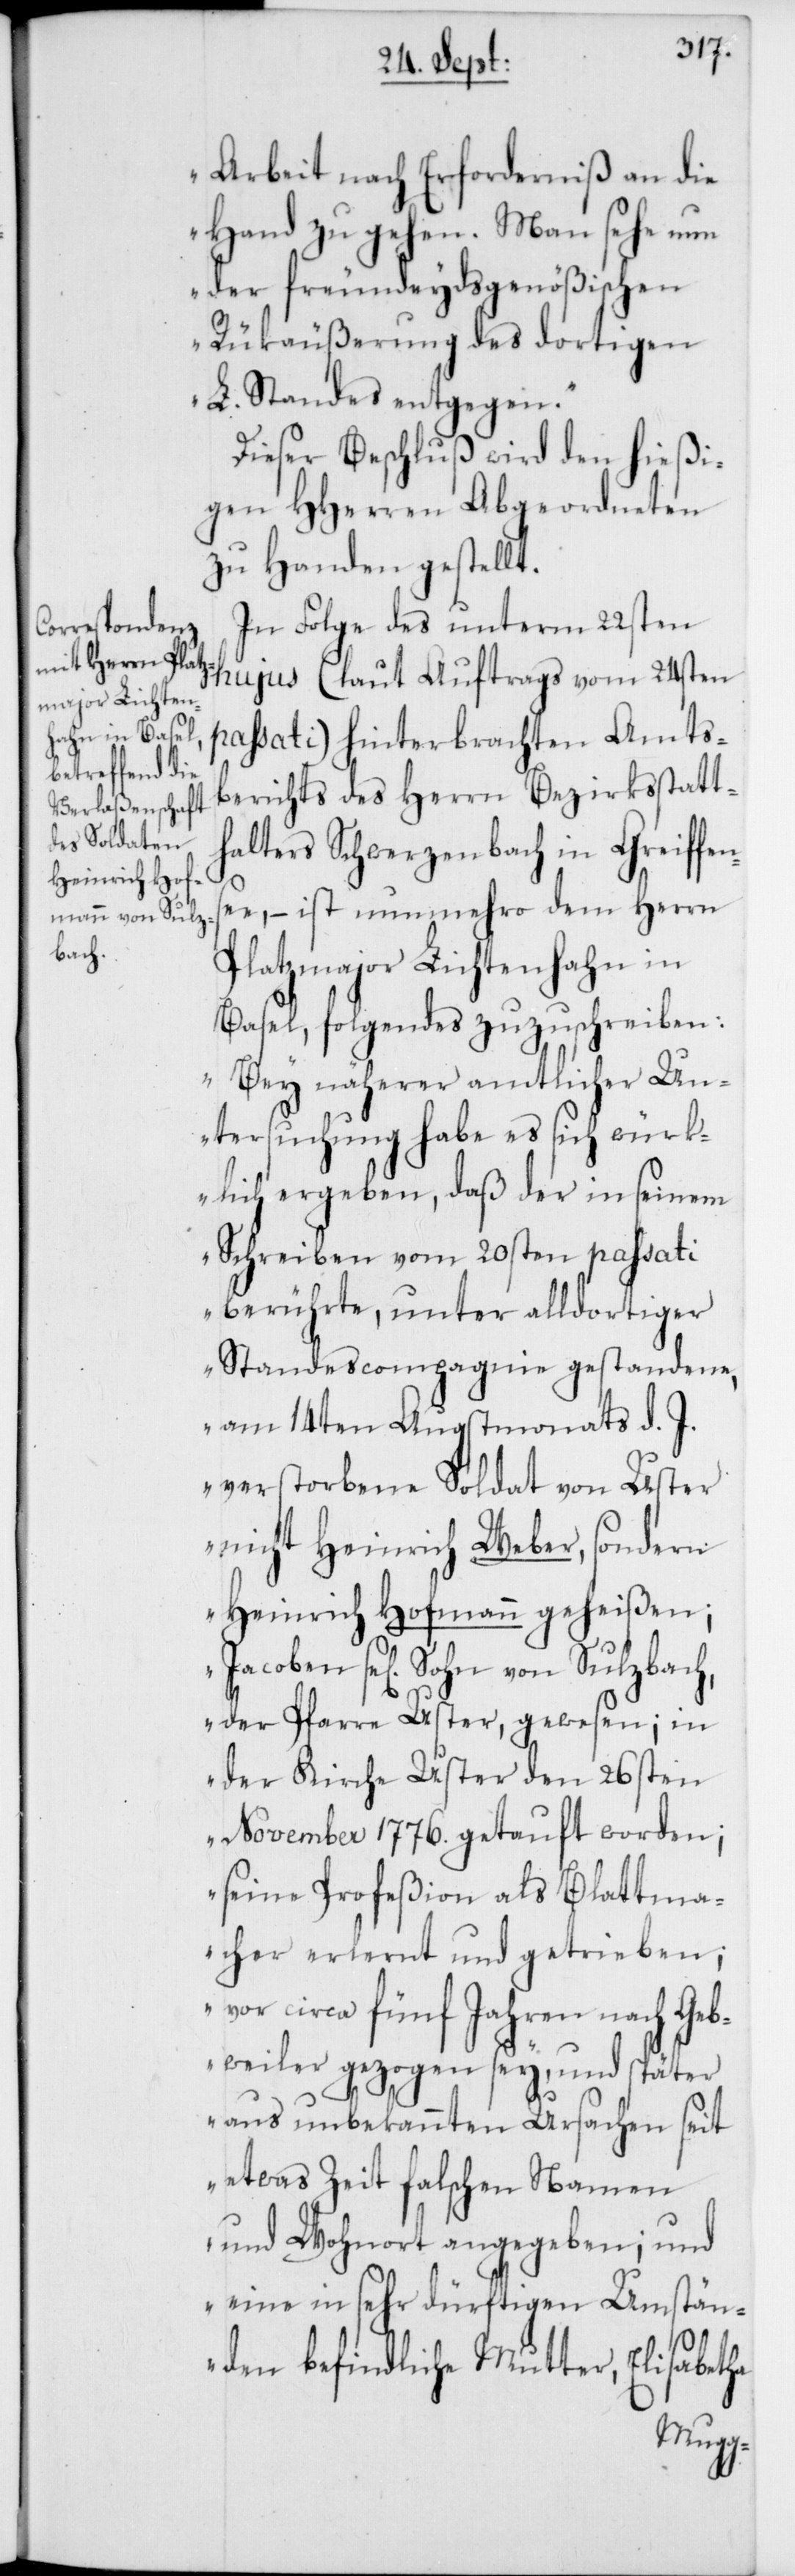
Arbeit nach Erforderniß an die
Hand zu gehen. Man sehe nun
der freundeydsgenößischen
Rükäußerung des dortigen
L. Standes entgegen.“
Dieser Beschluß wird den hießi¬
gen HHerren Abgeordneten
zu Handen gestellt.
In Folge des unterm 22sten
hujus (laut Auftrag vom 24sten
passati) hinterbrachten Amts¬
berichts des Herrn Bezirksstatt¬
halters Schwerzenbach in Greiffen¬
see, – ist nunmehro dem Herrn
Platzmajor Lichtenhahn in
Basel, folgendes zuzuschreiben:
„Bey näherer amtlicher Un¬
tersuchung habe es sich würk¬
lich ergeben, daß der in seinem
Schreiben vom 20sten passati
berührte, unter alldortiger
Standescompagnie gestandene,
am 14ten Augstmonats d. J.
verstorbene Soldat von Uster
nicht Heinrich Weber, sondern
Heinrich Hofmann geheißen;
Jacoben se[lig] Sohn von Sulzbach,
der Pfarre Uster, gewesen; in
der Kirche Uster den 26sten
November 1776. getauft worden;
seine Profeßion als Blattma¬
cher erlernt und getrieben;
vor circa fünf Jahren nach Geb¬
weiler gezogen sey, und später
aus unbekannten Ursachen seit
etwas Zeit falschen Namen
und Wohnort angegeben; und
eine in sehr dürftigen Umstän¬
den befindliche Mutter, Elisabetha